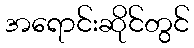
အရောင်းဆိုင်တွင်